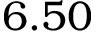
6 . 5 0